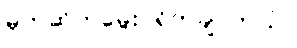
မုတ်ဆိတ်မွေး ရိတ်ချင်တယ်။